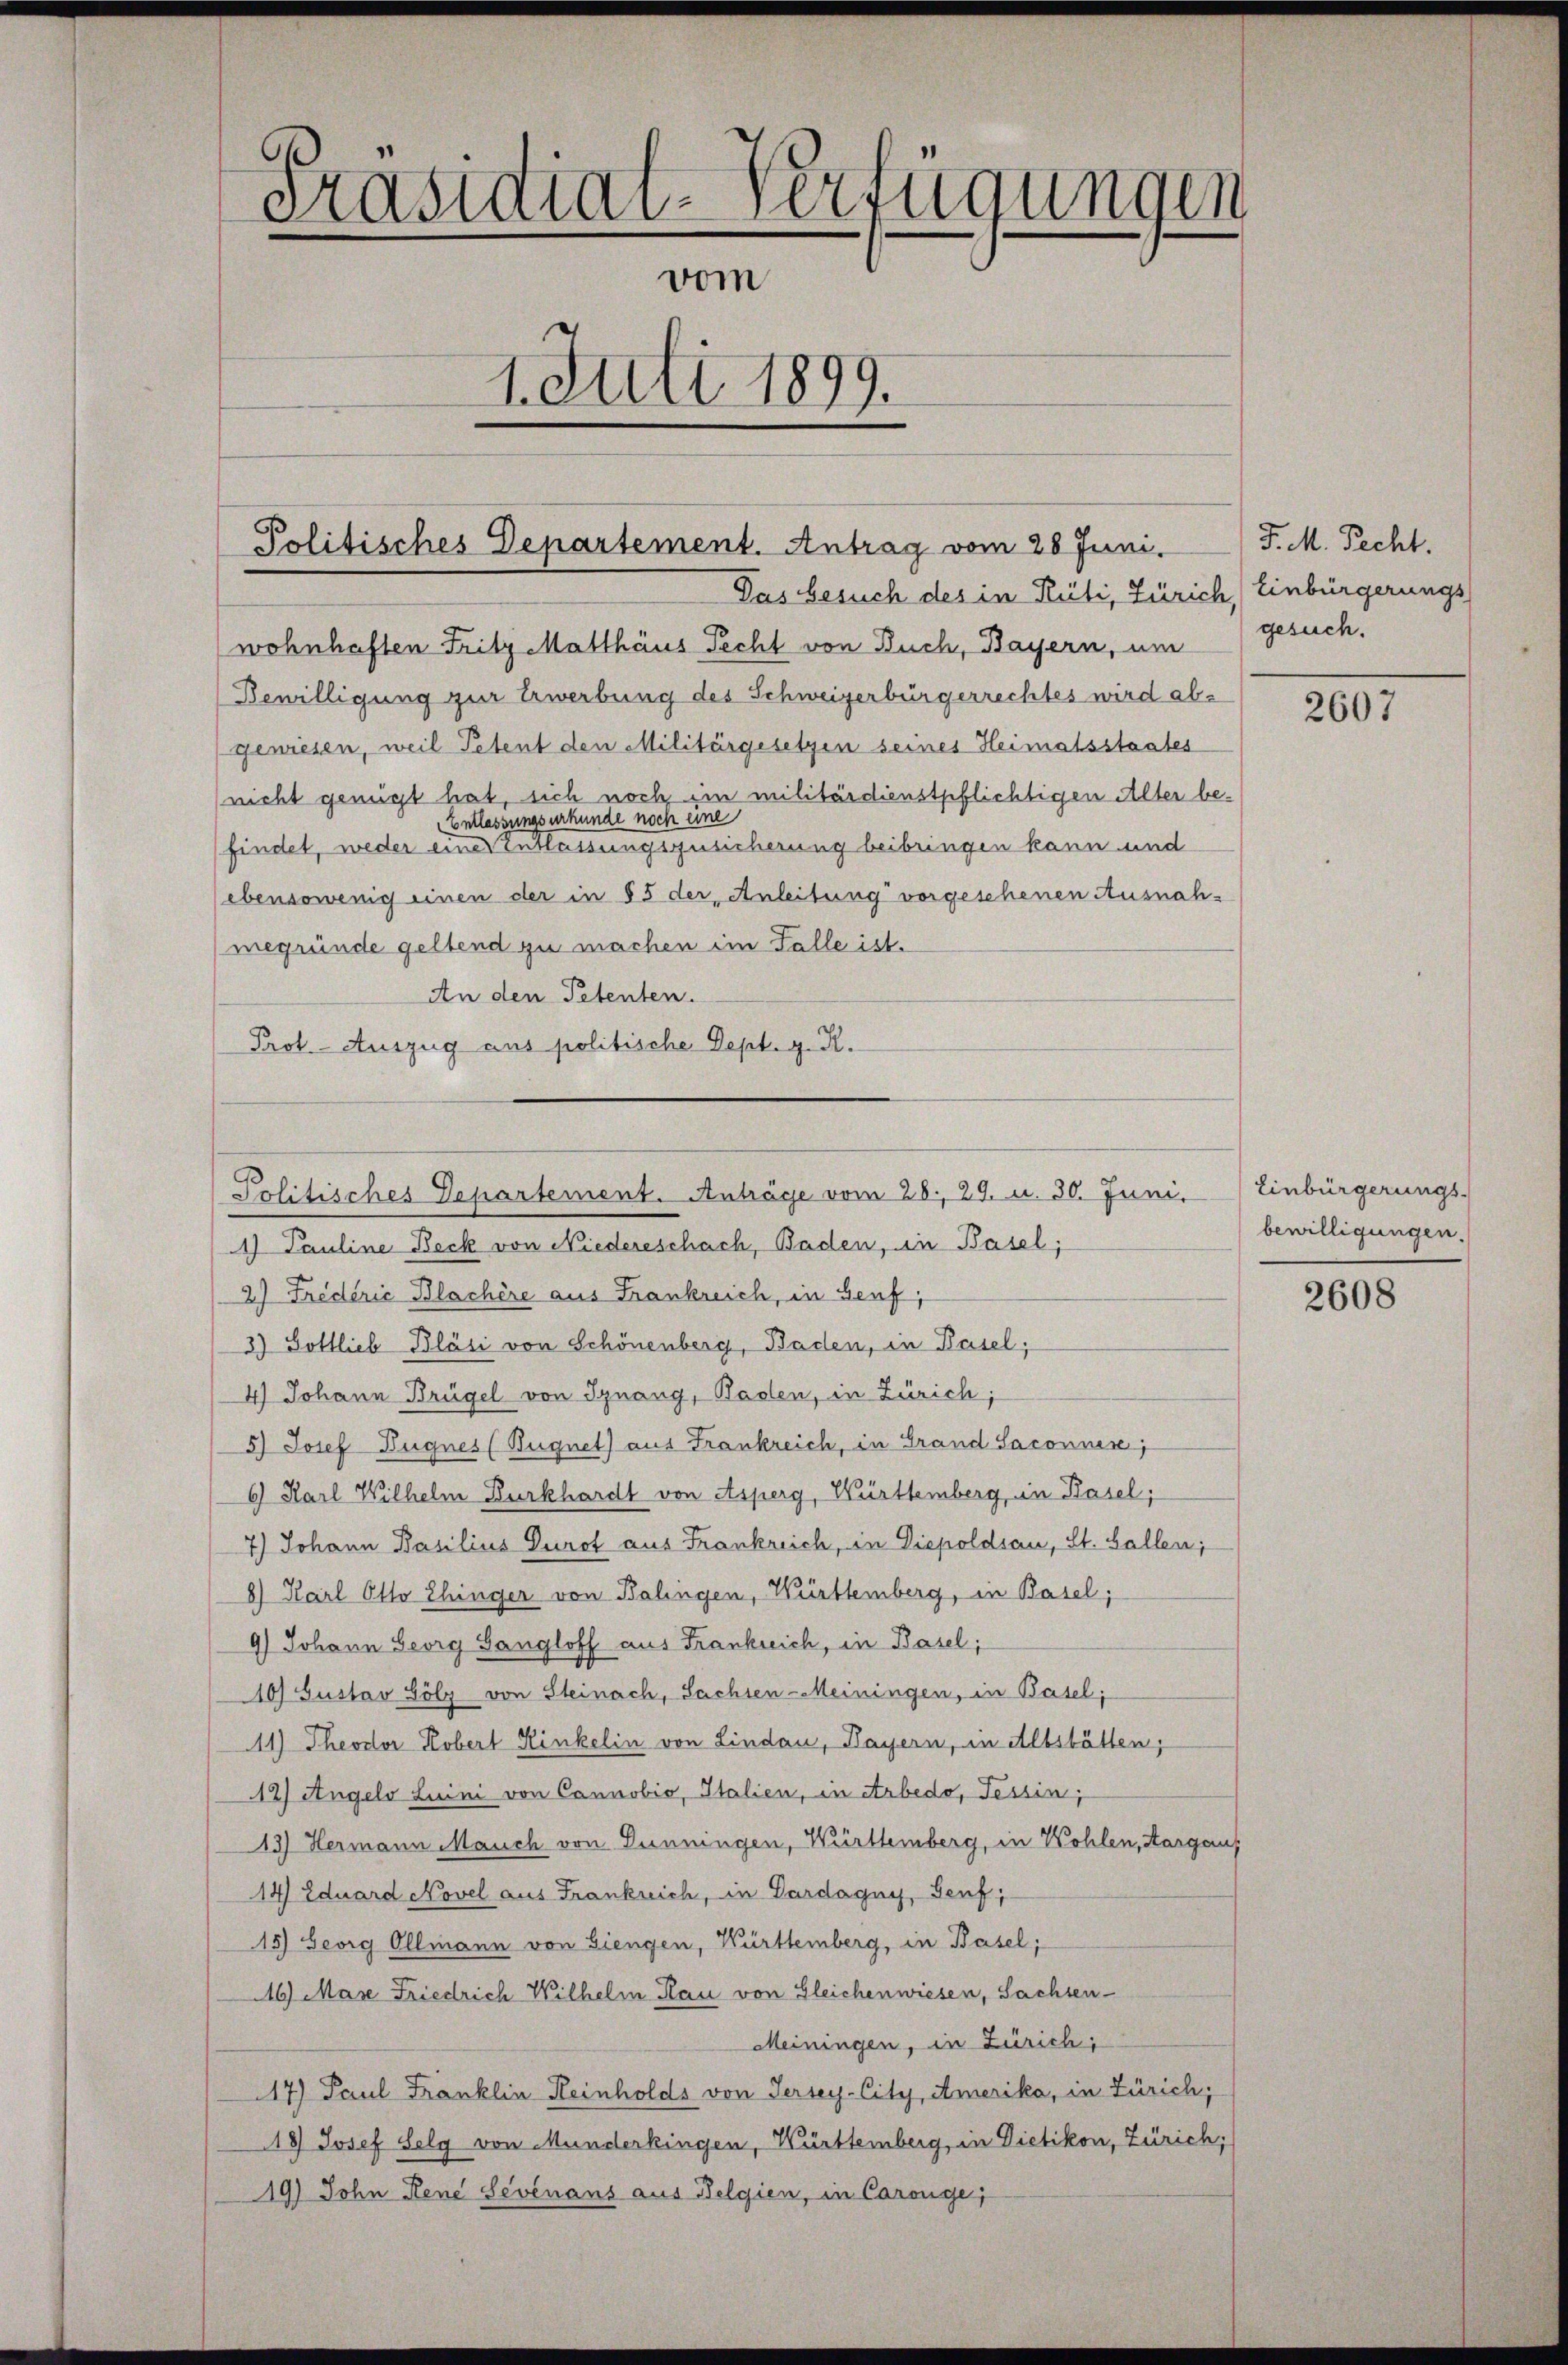
erastatav-Verfügungen
e
vom
1. Juli 1899.

Politisches Departement. Antrag vom 28 Juni.

Das besuch des in Rüti, Zürich, Einbürgerungs
wohnhaften Fritz Matthäus Pecht von Buch, Bayern, um gesuch.
Bewilligung zur Erwerbung des Schweizerbürgerrechtes wird abgewiesen, weil Petent den Militärgesetzen seines Heimatsstaates
nicht genügt hat, sich noch ein militärdienstpflichtigen Alter be¬
Entlassungsurkunde noch eine
findet, weder einer Entlassungszusicherung beibringen kann und
ebensowenig einen der in § 5 der, Anleitung vorgeschenen Ausnahmegründe geltend zu machen im Falle ist.
An den Petenten.
Prot. Auszug aus politische Sept. g. R.

1) Pauline Beck von Niedereschach, Baden, in Basel;
2) Fredérić Blachère aus Frankreich, in Genf,
3) Gottlieb Bläsi von Schönenberg, Baden, in Basel,
4) Johann Brügel von Ignang, Baden, in Zürich;
5) Josef Dugnes (Bugnet) aus Frankreich, in Grand Saconuen;
6) Karl Wilhelm Burkhardt von Asperg, Württemberg, in Basel;
7) Johann Basilius Durot aus Frankreich, in Diepoldsau, St. Gallen;
8) Karl Otto Ehinger von Balingen, Württemberg, in Basel;
9) Johann Georg Gangloff aus Frankreich, in Basel;
10) Gustav Gölz von Steinach, Sachsen-Meiningen, in Basel;
11) Theodor Robert Hinkelin von Lindau, Bayern, in Altstätten;
12) Angelo Luini von Cannobio, Italien, in Arbedo, Tessin,
13) Hermann Mauch von Dunningen, Württemberg, in Kohlen, Aargau
14) Eduard Novel aus Frankrich, in Gardagny, Genf,
15) Georg Ollmann von Giengen, Württemberg, in Basel;
16) Mare Friedrich Wilhelm Plan von Gleichenwiesen, Sachsen¬
Meiningen, in Zürich,
17) Paul Franklin Reinholds von Jersey-City, Amerika, in Zürich;
18) Josef Selg von Munderkingen, Württemberg, in Dietikon, Zürich,
19) John Rene Sevénans aus Belgien, in Caronge;

Politisches Departement. Anträge vom 28. 29. u. 30. Juni.

J. M. Recht.

2607

Einbürgerungs-
bewilligungen.

2608